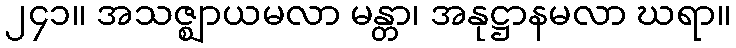
၂၄၁။ အသဇ္ဈာယမလာ မန္တာ၊ အနုဋ္ဌာနမလာ ဃရာ။